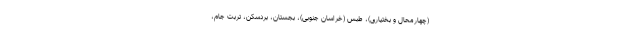
(چهارمحال و بختیاری)، طبس (خراسان جنوبی)، بجستان، بردسکن، تربت جام،